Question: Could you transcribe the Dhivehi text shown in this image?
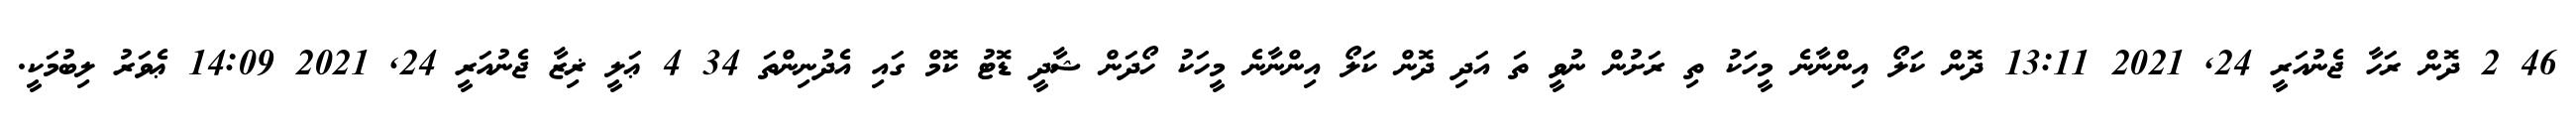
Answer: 46 2 ދޮން ރަހާ ޖެނުއަރީ 24, 2021 13:11 ދޮން ކަލޯ އިންނާނެ މީހަކު ތި ރަށުން ނުވީ ތަ އަދި ދޮން ކަލޯ އިންނާނެ މީހަކު ހޯދަން ޝާދީ ޑޮޓު ކޮމް ގައި އެދުނިންތަ 34 4 ޢަލީ ޜިޒާ ޖެނުއަރީ 24, 2021 14:09 ޢެވަރު ލިބުމަކީ.